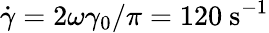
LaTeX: \dot{\gamma}=2\omega\gamma_{0}/\pi=120~\mathrm{s}^{-1}